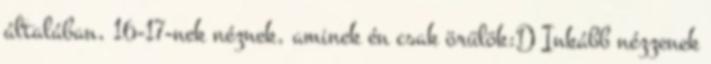
általában, 16-17-nek néznek, aminek én csak örülök:D Inkább nézzenek